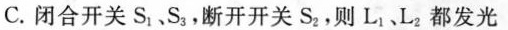
C. 闭合开关S_{1}、S_{3}，断开开关S_{2}，则L_{1}、L_{2}都发光